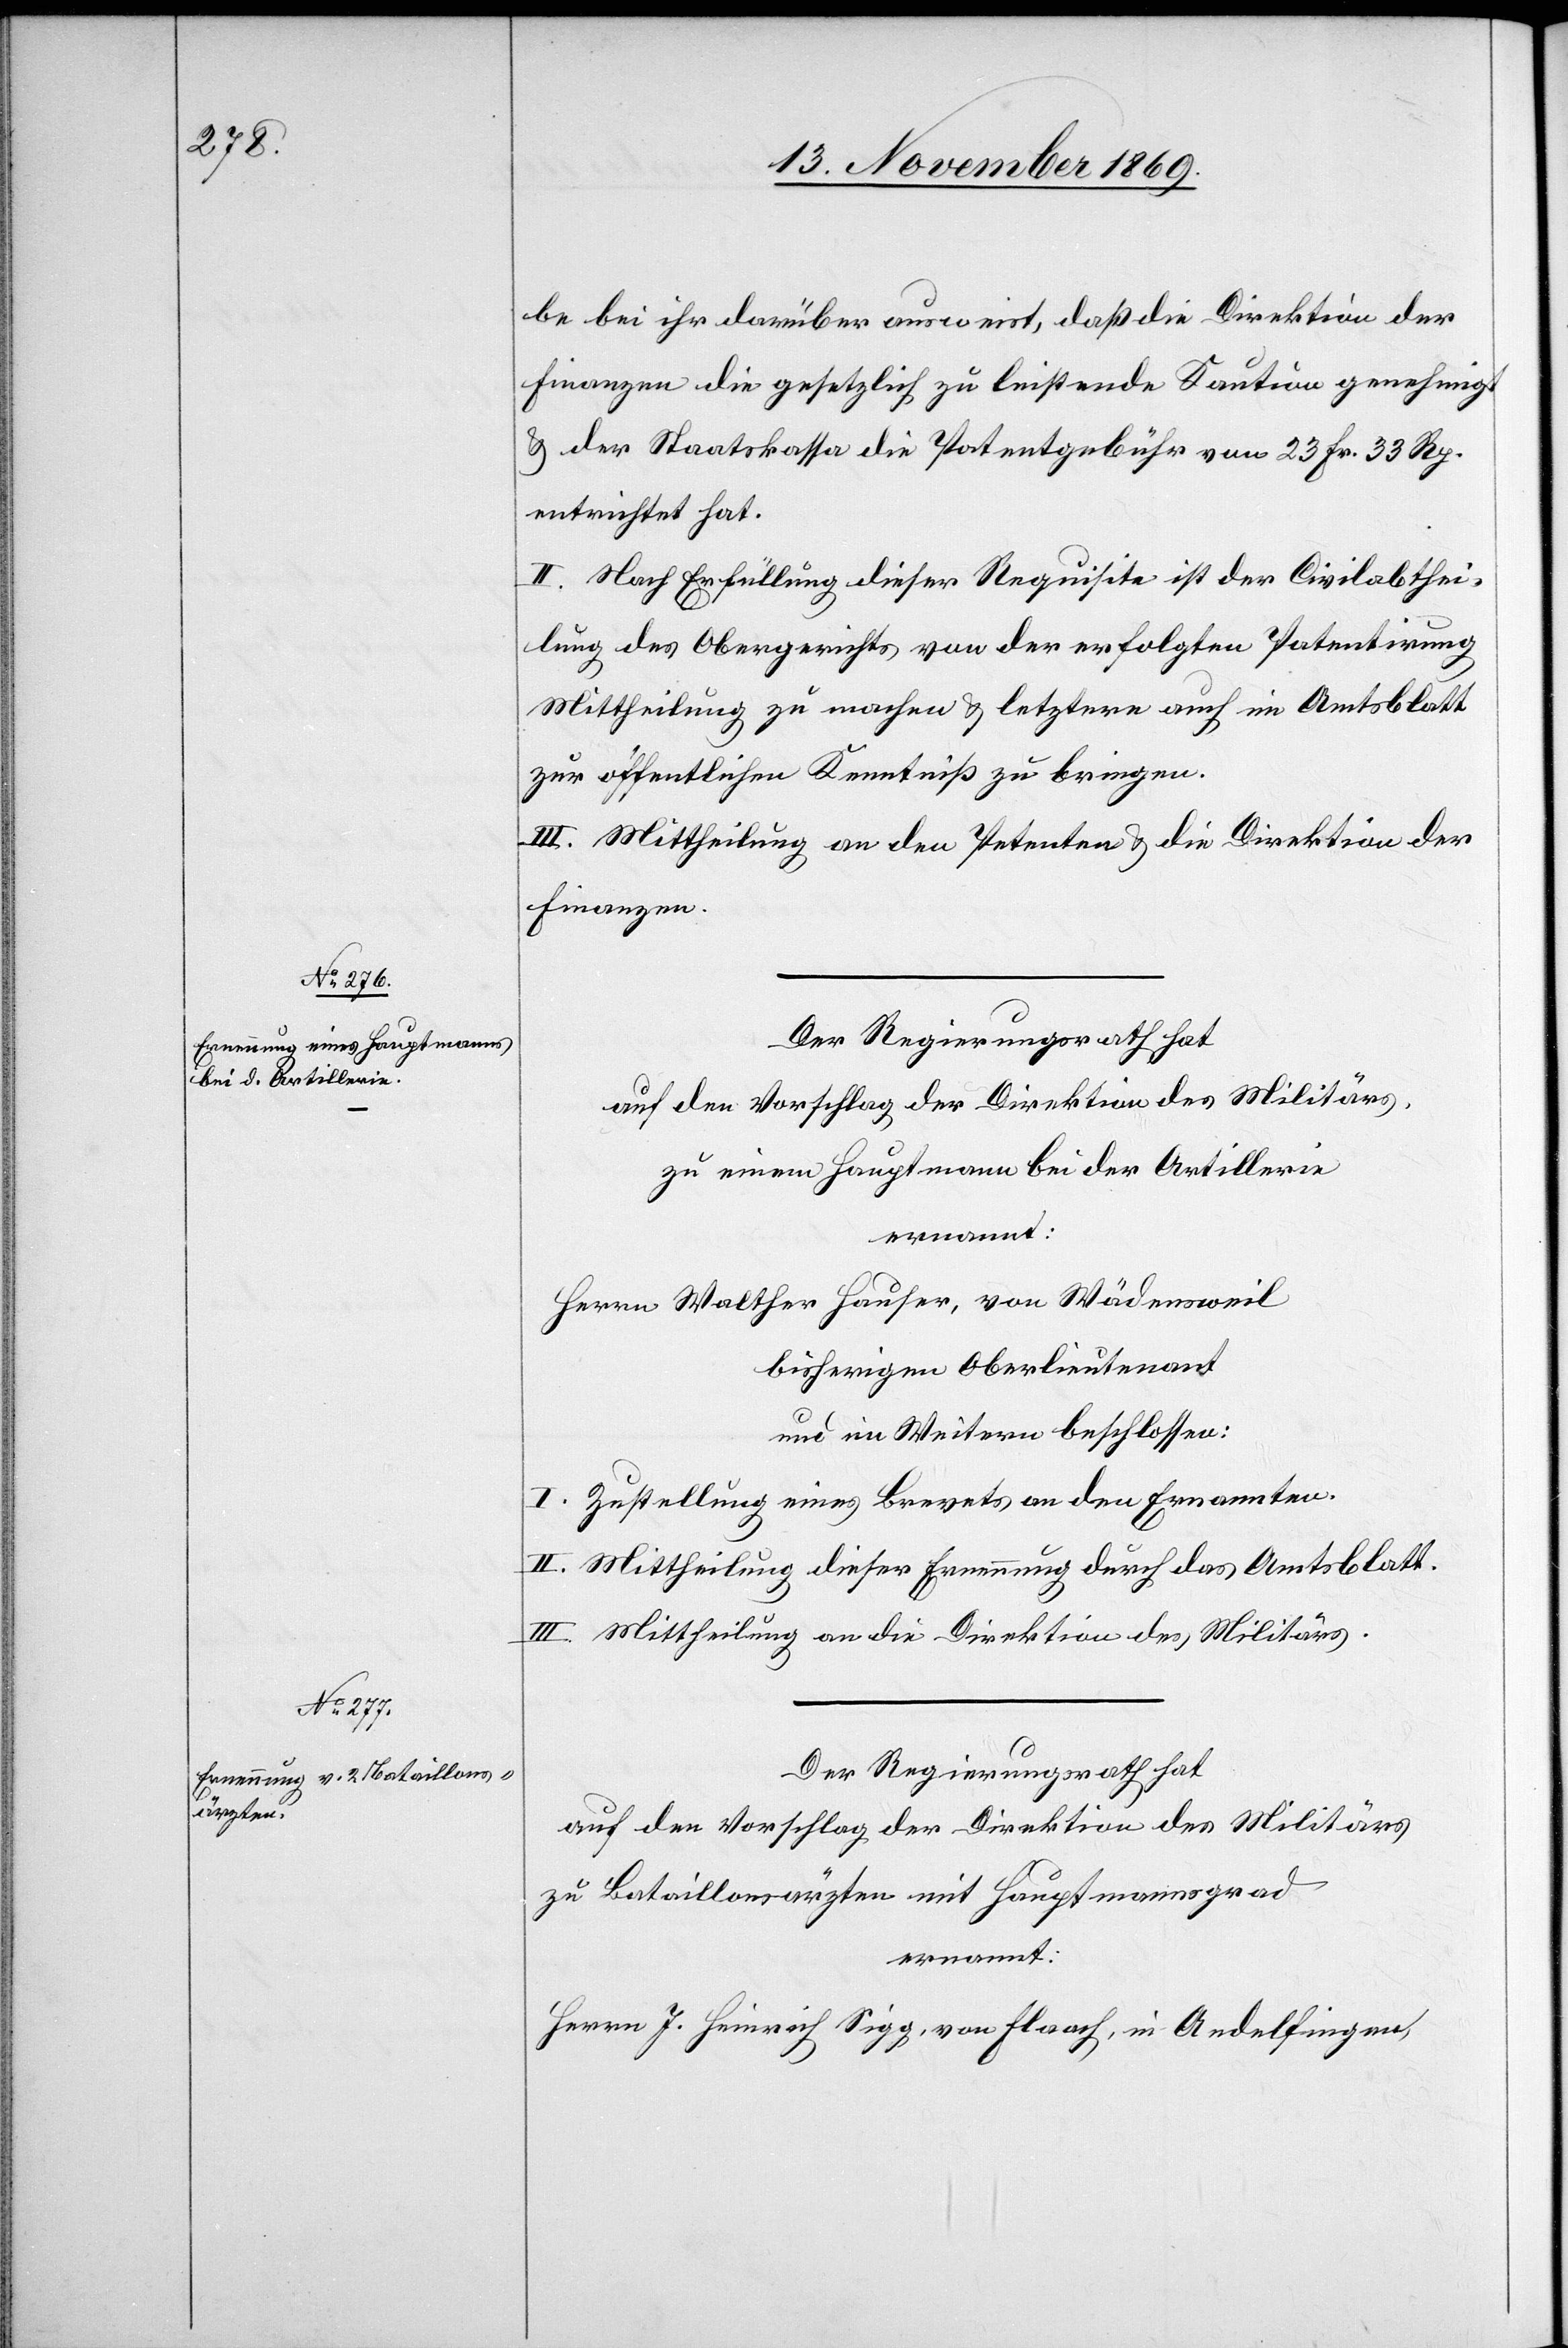
be bei ihr darüber ausweist, daß die Direktion der
Finanzen die gesetzlich zu leistende Kaution genehmigt
& der Staatskassa die Patentgebühr von 23 Fr. 33 Rp.
entrichtet hat.
II. Nach Erfüllung dieser Requisite ist der Civilabthei¬
lung des Obergerichts von der erfolgten Patentirung
Mittheilung zu machen & letztere auch im Amtsblatt
zur öffentlichen Kenntniß zu bringen.
III. Mittheilung an den Petenten & die Direktion der
Finanzen.
Der Regierungsrath hat
auf den Vorschlag der Direktion des Militärs,
zu einem Hauptmann bei der Artillerie
ernannt:
Herrn Walther Hauser, von Wädensweil
bisherigen Oberlieutenant
und im Weitern beschlossen:
I. Zustellung eines Brevets an den Ernannten.
II. Mittheilung dieser Ernennung durch das Amtsblatt.
III. Mittheilung an die Direktion des Militärs.
Der Regierungsrath hat
auf den Vorschlag der Direktion des Militärs
zu Bataillonsärzten mit Hauptmannsgrad
ernannt:
Herrn J. Heinrich Sigg, von Flaach, in Andelfingen,